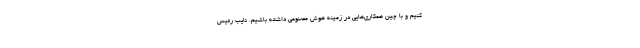
کنیم و با چین همکاری‌هایی در زمینه هوش مصنوعی داشته باشیم. نایب رئیس